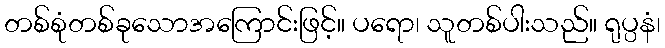
တစ်စုံတစ်ခုသောအကြောင်းဖြင့်။ ပရော၊ သူတစ်ပါးသည်။ ရုပ္ပနံ၊